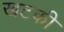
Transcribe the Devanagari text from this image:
खटकी